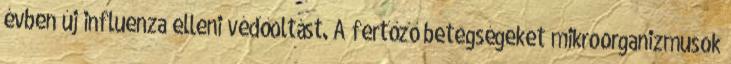
évben új influenza elleni védőoltást. A fertőző betegségeket mikroorganizmusok